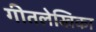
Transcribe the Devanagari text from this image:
गीतलेखिका